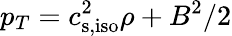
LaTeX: p_{T}=c_{\mathrm{s,iso}}^{2}\rho+B^{2}/2